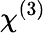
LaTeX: \chi^{(3)}